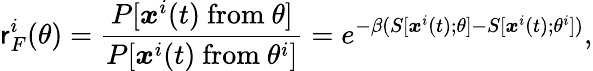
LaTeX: \mathsf{r}_{F}^{i}(\theta)=\frac{P[{\boldsymbol{x}}^{i}(t)\ \mathrm{from}\ \theta]}{P[{\boldsymbol{x}}^{i}(t)\ \mathrm{from}\ \theta^{i}]}=e^{-\beta(S[{\boldsymbol{x}}^{i}(t);\theta]-S[{\boldsymbol{x}}^{i}(t);\theta^{i}])},